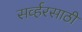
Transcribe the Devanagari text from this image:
सर्व्हरसाठी